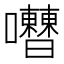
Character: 𡅰